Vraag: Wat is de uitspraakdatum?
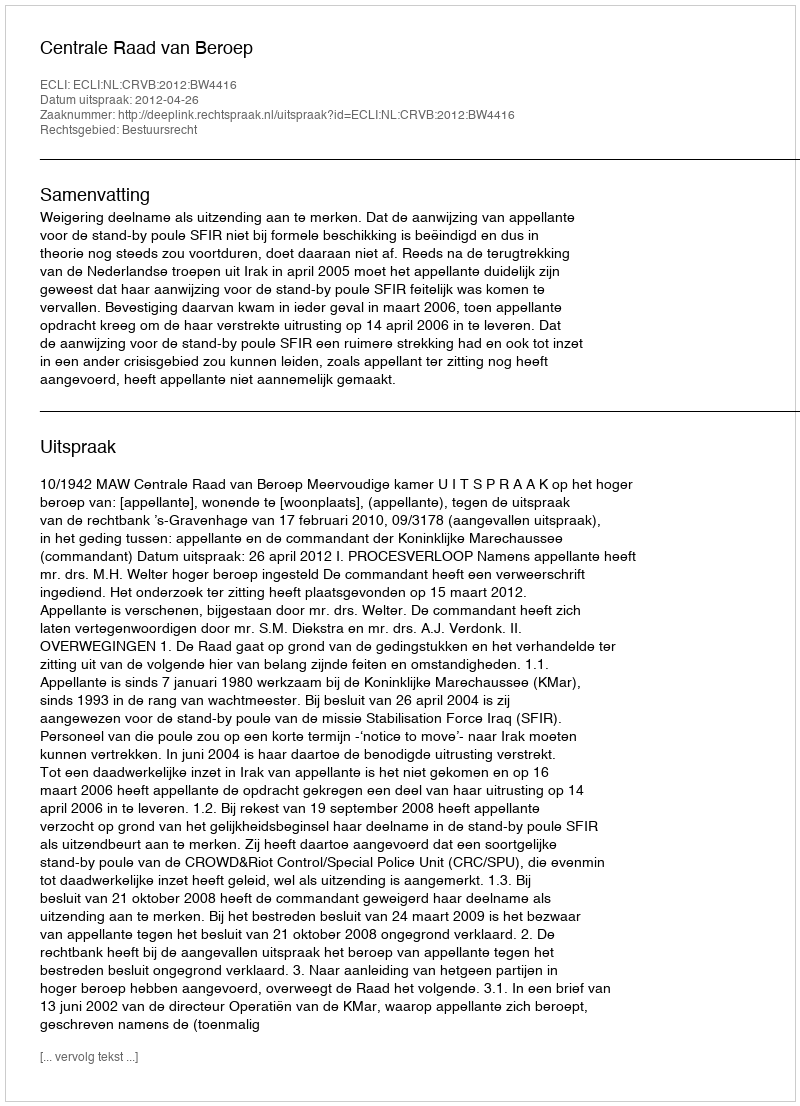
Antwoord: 2012-04-26